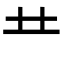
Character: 龷